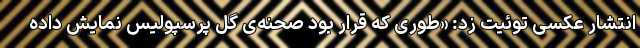
انتشار عکسی توئیت زد: «طوری که قرار بود صحنه‌ی گل پرسپولیس نمایش داده